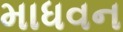
માધવન